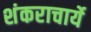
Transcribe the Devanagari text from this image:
शंकराचार्ये